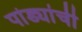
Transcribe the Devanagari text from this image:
पांड्यांची